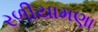
રળીયામણા